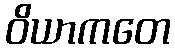
ဝိယာကတေ